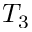
T _ { 3 }